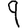
Digit: 9